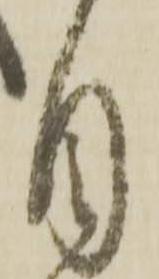
自